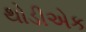
થોડીએક